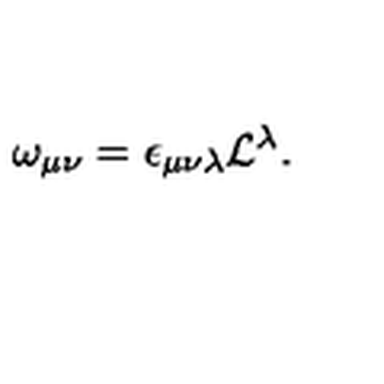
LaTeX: \omega _ { \mu \nu } = \epsilon _ { \mu \nu \lambda } { \cal L } ^ { \lambda } .